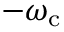
- \omega _ { \mathrm { c } }